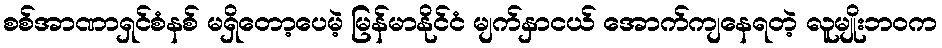
စစ်အာဏာရှင်စံနစ် မရှိတော့ပေမဲ့ မြန်မာနိုင်ငံ မျက်နှာငယ် အောက်ကျနေရတဲ့ လူမျိုးဘဝက